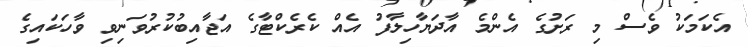
އެކަމަކު ވެސް މި ރަށުގެ އެންމެ އާދަޔާހިލާފު އެއް ކެރެކްޓާގެ އަޖާއިބުކުރުވަނިވި ވާހަކައިގެ